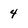
Character: 4